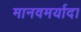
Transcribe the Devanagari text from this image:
मानवमर्यादा